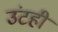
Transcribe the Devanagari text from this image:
उंटही